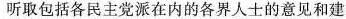
听取包括各民主党派在内的各界人士的意见和建